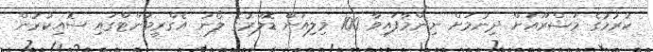
ކުރުމުގެ މަޝްރޫއަށް ދިނުމަށް ނިންމާފައިވާ 100 މިލިއަން ޑޮލަރުގެ ލޯނު އެގްރީމަންޓްގައި ސޮއިކުރުން